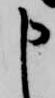
申